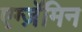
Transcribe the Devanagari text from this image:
एग्ज़ॅमिन